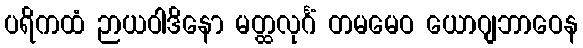
ပရိကထံ ဉာယဝါဒိနော မတ္ထလုင်္ဂံ တမမေဝ ယောဂျဘာဝေန